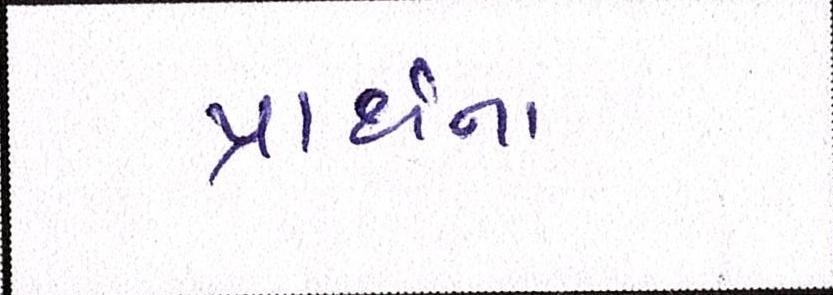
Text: પાર્થના